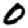
Digit: 0